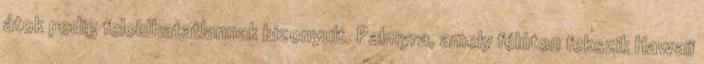
átok pedig feloldhatatlannak bizonyult. Palmyra, amely félúton fekszik Hawaii